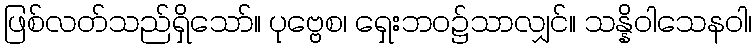
ဖြစ်လတ်သည်ရှိသော်။ ပုဗ္ဗေစ၊ ရှေးဘဝ၌သာလျှင်။ သန္နိဝါသေနဝါ၊